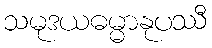
သမုဒယဓမ္မာနုပဿီ